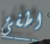
اطفئ